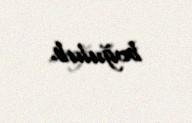
boğulub.